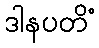
ဒါနပတိံ